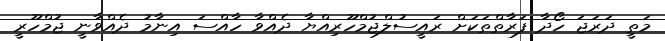
މަތީ ދަރަޖަ ހޯދާ ފަރާތްތަކަށް ރައީސުލްޖުމްހޫރިއްޔާ ދެއްވާ ހާއްސަ އިނާމު ދެއްވާނީ ޖުމްހޫރީ